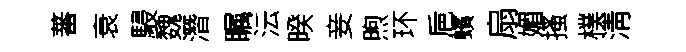
蕃衰駸魏潛瞩沄暌妾煦环巵蠙扇媚搔樸淸